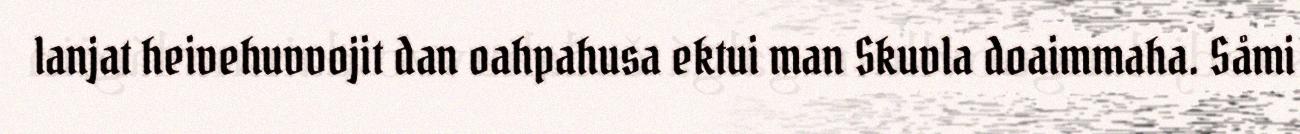
lanjat heivehuvvojit dan oahpahusa ektui man Skuvla doaimmaha. Såmi